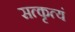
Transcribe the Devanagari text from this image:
सत्कृत्यं